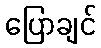
ပြောချင်